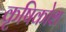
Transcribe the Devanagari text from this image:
कृषिकोश